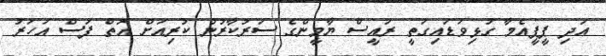
އަދި ޕީޕީއެމާ ގުޅިވަޑައިގަތީ ރައީސް ޔާމީންގެ ސަރުކާރުން ކުރިއަށް އޮތް ފަސް އަހަރު